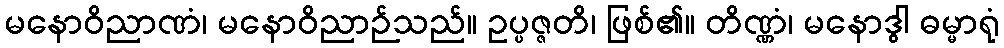
မနောဝိညာဏံ၊ မနောဝိညာဉ်သည်။ ဥပ္ပဇ္ဇတိ၊ ဖြစ်၏။ တိဏ္ဏံ၊ မနောဒွါ ဓမ္မာရုံ